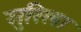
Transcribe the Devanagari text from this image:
मुरिला